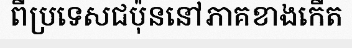
ពីប្រទេសជប៉ុននៅភាគខាងកើត